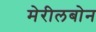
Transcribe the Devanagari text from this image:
मेरीलबोन